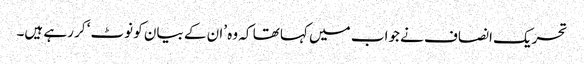
تحریک انصاف نے جواب میں کہا تھا کہ وہ ’ان کے بیان کو نوٹ‘ کر رہے ہیں۔